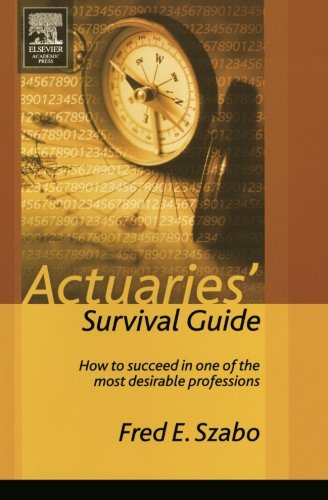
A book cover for Actuaries' Survival Guide: How to Succeed in One of the Most Desirable Professions; Fred Szabo; Business & Money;